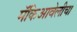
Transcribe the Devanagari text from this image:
मॅकिआवेलीचा